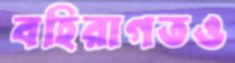
বহিরাগতও